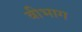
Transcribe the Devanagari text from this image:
वीभाग